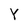
Character: Y